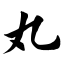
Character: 丸